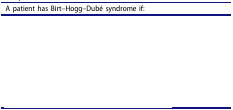
<table><thead><tr><td><b>A patient has Birt–Hogg–Dubé syndrome if:</b></td></tr></thead><tbody><tr><td>[EMPTY_CELL]</td></tr><tr><td>[EMPTY_CELL]</td></tr><tr><td>[EMPTY_CELL]</td></tr><tr><td>[EMPTY_CELL]</td></tr><tr><td>[EMPTY_CELL]</td></tr><tr><td>[EMPTY_CELL]</td></tr><tr><td>[EMPTY_CELL]</td></tr><tr><td>[EMPTY_CELL]</td></tr></tbody></table>